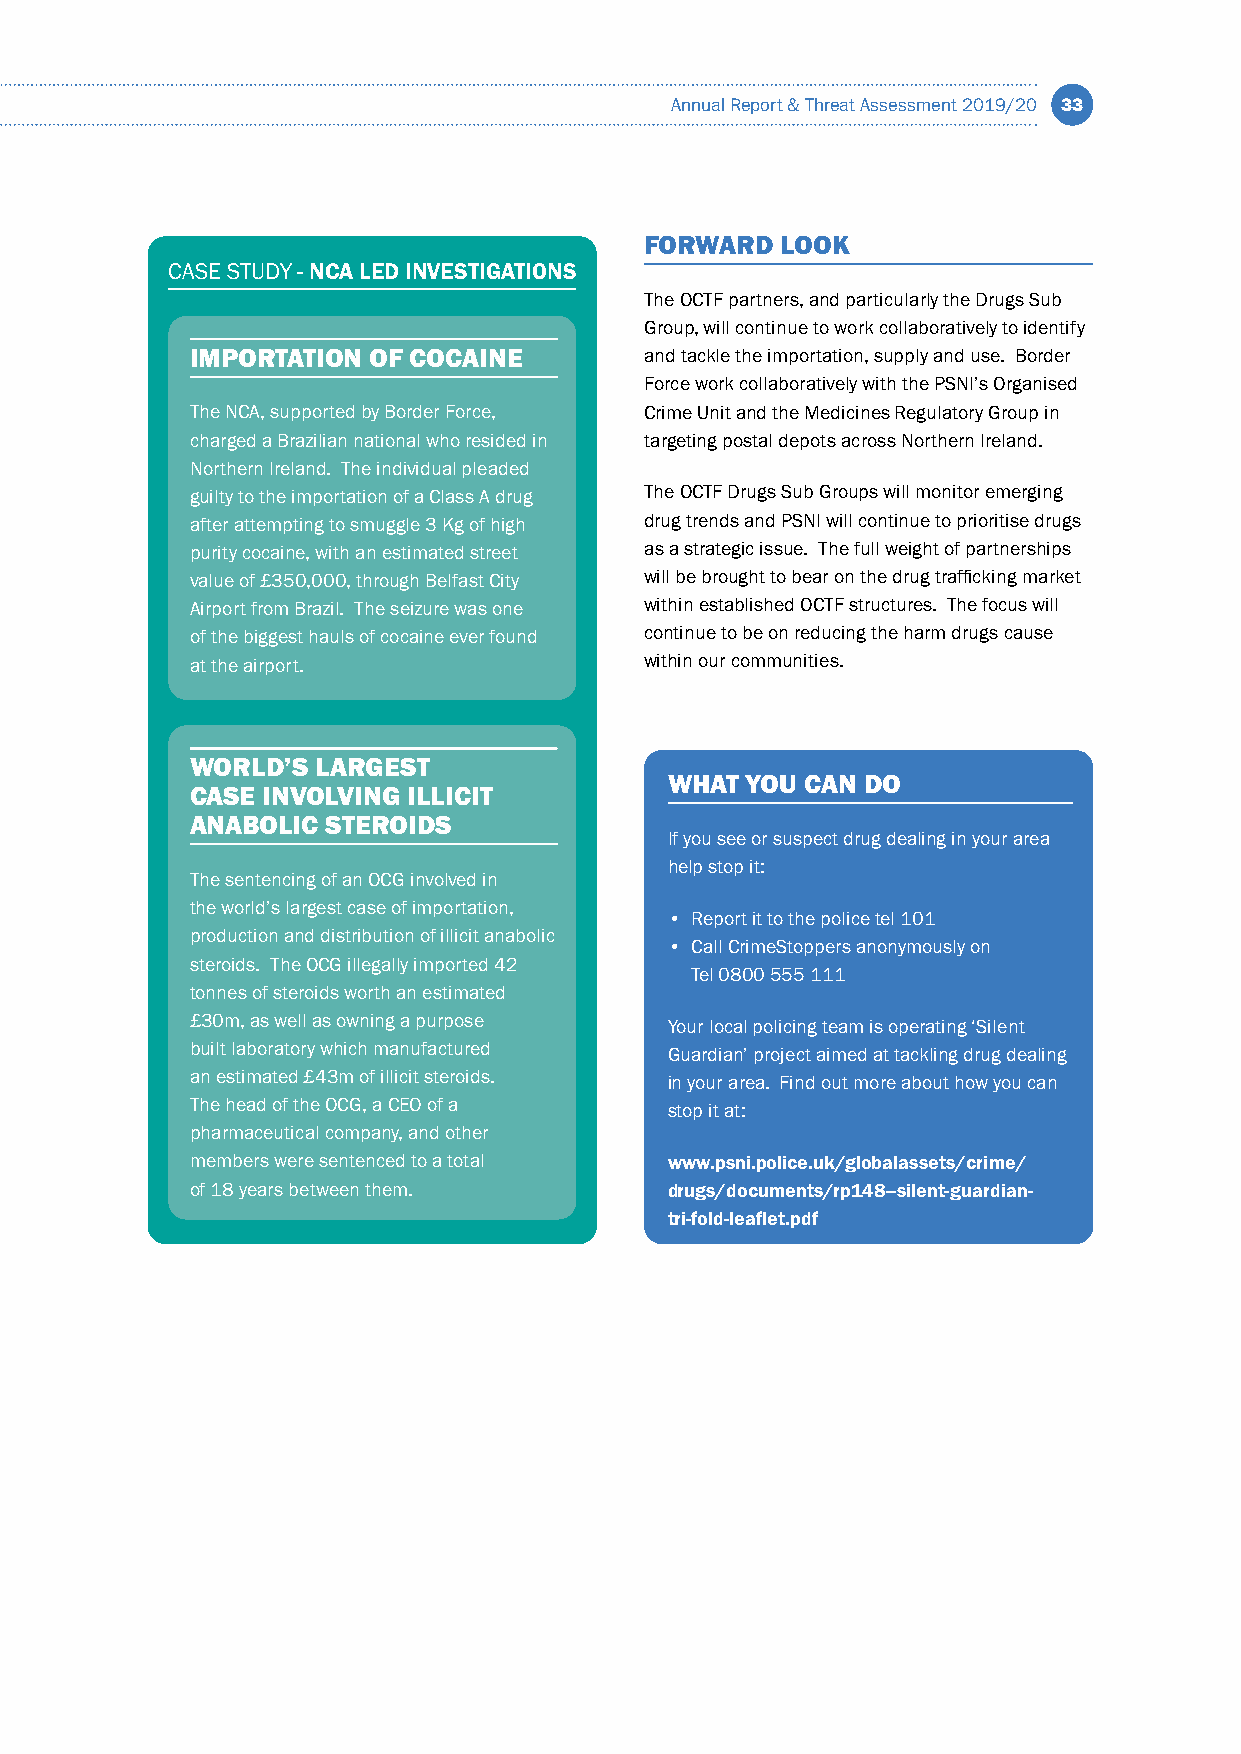
Annual Report & Threat Assessment 2019/20 33
 FORWARD  LOOK
 CASE STUDY - NCA LED INVESTIGATIONS
 The OCTF partners, and particularly the Drugs Sub
 Group, will continue to work collaboratively to identify
 IMPORTATION OF COCAINE        and tackle the importation, supply and use. Border
 Force work collaboratively with the PSNI’s Organised
 The NCA, supported by Border Force, Crime Unit and the Medicines Regulatory Group in
 charged a Brazilian national who resided in targeting postal depots across Northern Ireland.
 Northern Ireland. The individual pleaded
 guilty to the importation of a Class A drug The OCTF Drugs Sub Groups will monitor emerging
 after attempting to smuggle 3 Kg of high drug trends and PSNI will continue to prioritise drugs
 purity cocaine, with an estimated street as a strategic issue. The full weight of partnerships
 value of £350,000, through Belfast City will be brought to bear on the drug trafficking market
 Airport from Brazil. The seizure was one within established OCTF structures. The focus will
 of the biggest hauls of cocaine ever found continue to be on reducing the harm drugs cause
 at the airport.               within our communities.
 WORLD’S LARGEST
 WHAT YOU CAN DO
 CASE INVOLVING ILLICIT
 ANABOLIC STEROIDS
 If you see or suspect drug dealing in your area
 help stop it:
 The sentencing of an OCG involved in
 the world’s largest case of importation,
 • Report it to the police tel 101
 production and distribution of illicit anabolic
 • Call CrimeStoppers anonymously on
 steroids. The OCG illegally imported 42
 Tel 0800 555 111
 tonnes of steroids worth an estimated
 £30m, as well as owning a purpose Your local policing team is operating ‘Silent
 built laboratory which manufactured Guardian’ project aimed at tackling drug dealing
 an estimated £43m of illicit steroids. in your area. Find out more about how you can
 The head of the OCG, a CEO of a stop it at:
 pharmaceutical company, and other
 members were sentenced to a total www.psni.police.uk/globalassets/crime/
 of 18 years between them.      drugs/documents/rp148--silent-guardian-
 tri-fold-leaflet.pdf